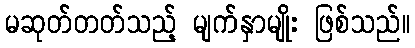
မဆုတ်တတ်သည့် မျက်နှာမျိုး ဖြစ်သည်။